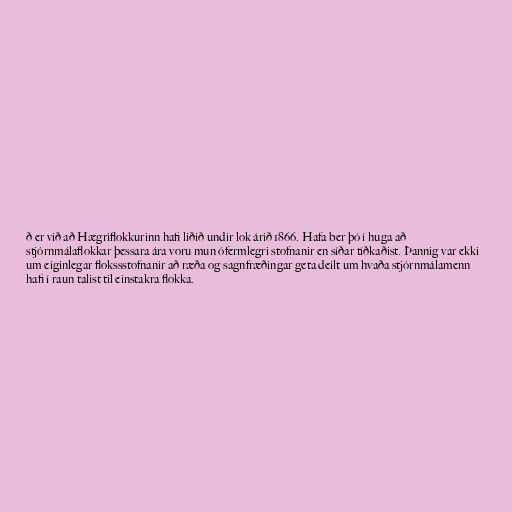
ð er við að Hægriflokkurinn hafi liðið undir lok árið 1866. Hafa ber þó í huga að
stjórnmálaflokkar þessara ára voru mun ófermlegri stofnanir en síðar tíðkaðist. Þannig var ekki
um eiginlegar flokssstofnanir að ræða og sagnfræðingar geta deilt um hvaða stjórnmálamenn
hafi í raun talist til einstakra flokka.